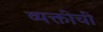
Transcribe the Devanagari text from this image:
व्यक्तींचीं